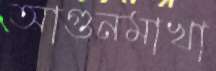
আগুনমাখা